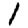
Digit: 1